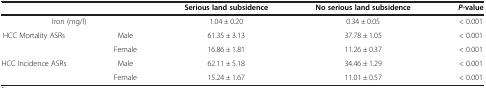
<table><thead><tr><td colspan="2"><b> </b></td><td><b>Serious land subsidence</b></td><td><b>No serious land subsidence</b></td><td><b><i>P</i>-value</b></td></tr></thead><tbody><tr><td colspan="2">Iron (mg/l)</td><td>1.04 ± 0.20</td><td>0.34 ± 0.05</td><td>&lt; 0.001</td></tr><tr><td rowspan="2">HCC Mortality ASRs</td><td>Male</td><td>61.35 ± 3.13</td><td>37.78 ± 1.05</td><td>&lt; 0.001</td></tr><tr><td>Female</td><td>16.86 ± 1.81</td><td>11.26 ± 0.37</td><td>&lt; 0.001</td></tr><tr><td rowspan="2">HCC Incidence ASRs</td><td>Male</td><td>62.11 ± 5.18</td><td>34.46 ± 1.29</td><td>&lt; 0.001</td></tr><tr><td>Female</td><td>15.24 ± 1.67</td><td>11.01 ± 0.57</td><td>&lt; 0.001</td></tr></tbody></table>